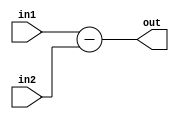
module Subtractor(in1,in2,out);
  input [15:0] in1,in2;
  output [15:0] out;
  assign out = in1 - in2;
endmodule